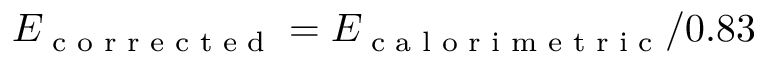
E _ { \textrm { c o r r e c t e d } } = E _ { \textrm { c a l o r i m e t r i c } } / 0 . 8 3